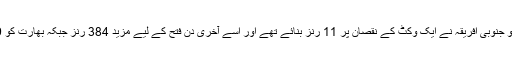
جب کھیل ختم ہوا تو جنوبی افریقہ نے ایک وکٹ کے نقصان پر 11 رنز بنائے تھے اور اسے آخری دن فتح کے لیے مزید 384 رنز جبکہ بھارت کو 9 وکٹیں درکار ہیں۔